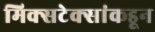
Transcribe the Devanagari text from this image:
मिक्सटेक्सांकडून